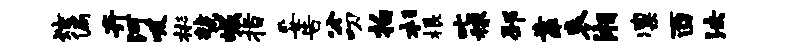
炫偏卉河吸彬虢崛指妥告公叨拍杉根叱稼邳靠哀湘凛酉法